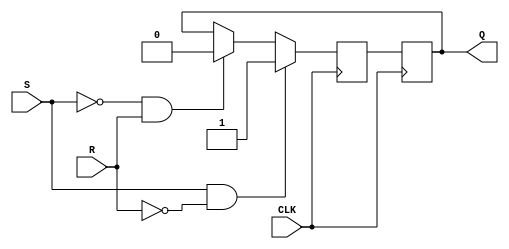
module edge_triggered_sr_ff(
    input S, R, CLK,
    output reg Q
);

// Declaration of the flip-flop internal signal
reg Q_n;

// Edge detection for the rising edge of the clock signal
always @(posedge CLK)
begin
    if(S & ~R)
        Q_n <= 1'b1;
    else if(~S & R)
        Q_n <= 1'b0;
    else
        Q_n <= Q; // Maintain the current state if both S and R are high
end

// Update the output after the clock edge
always @(posedge CLK)
begin
    Q <= Q_n;
end

endmodule